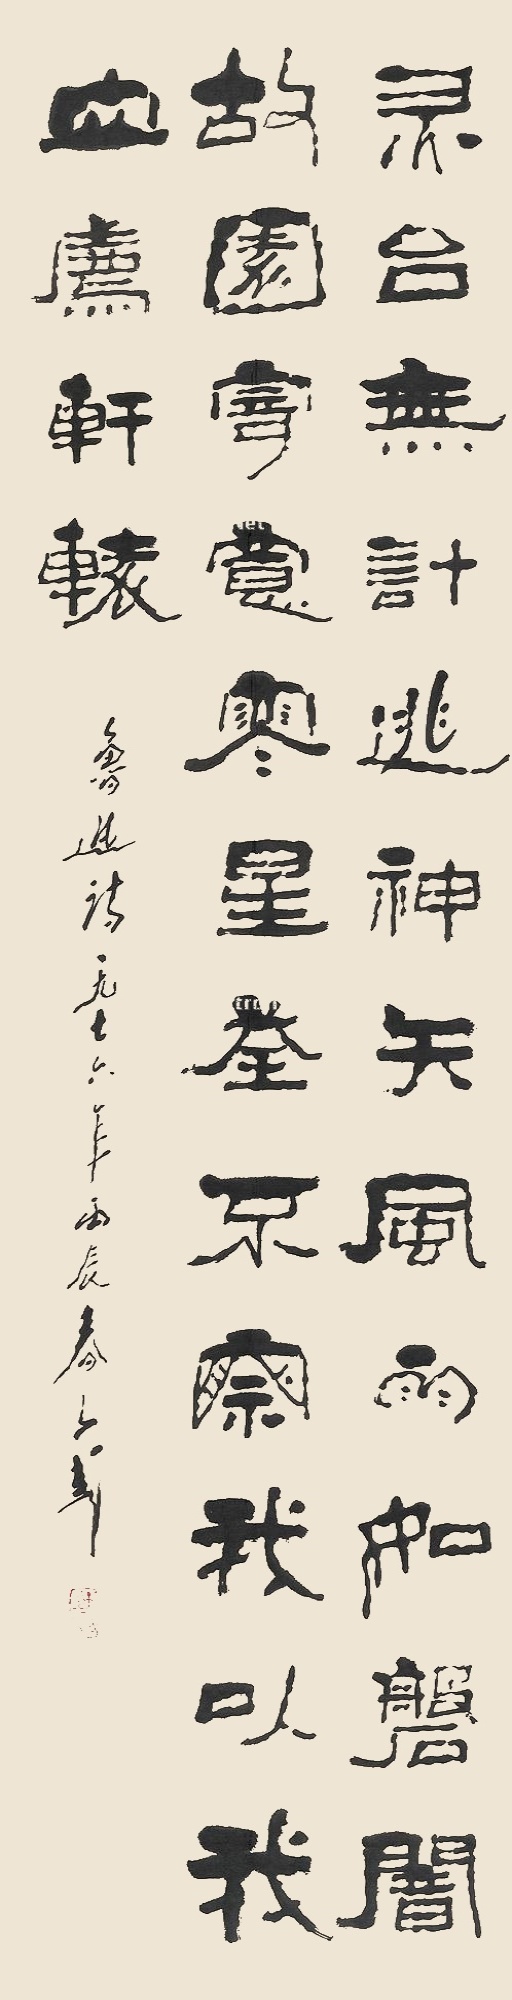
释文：灵台无计逃神矢，风雨如盘暗故园。寄意寒星荃不察，我以我血荐轩辕。鲁迅诗，一九七六年丙辰春子武。